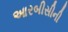
આરબીસીની